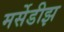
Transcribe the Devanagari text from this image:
मर्सेडीझ